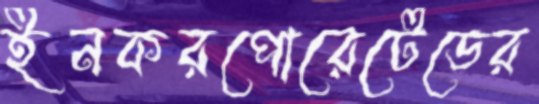
ইনকরপোরেটেডের